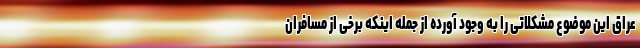
عراق این موضوع مشکلاتی را به وجود آورده از جمله اینکه برخی از مسافران